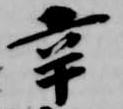
辛